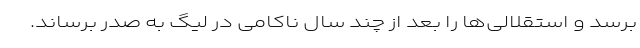
برسد و استقلالی‌ها را بعد از چند سال ناکامی در لیگ به صدر برساند.